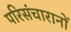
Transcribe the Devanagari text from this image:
परिसंचारानों